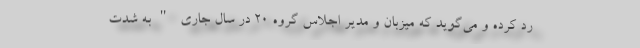
رد کرده و می‌گوید که میزبان و مدیر اجلاس گروه 20 در سال جاری "به شدت